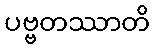
ပဗ္ဗတဿာတိ